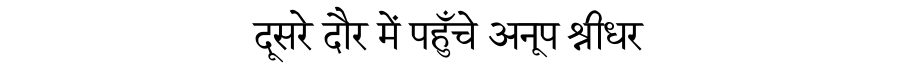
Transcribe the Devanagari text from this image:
दूसरे दौर में पहुँचे अनूप श्रीधर